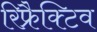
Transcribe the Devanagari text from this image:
रिफ्रैक्टिव